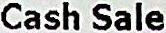
CASH SALE